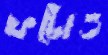
ফটোও